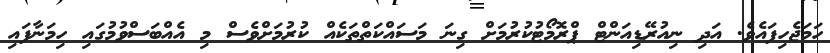
ހަމަޖެހިފައެވެ. އަދި ނިއުރޭޑިއަންޓް ޕްރޮމޯޓުކުރުމަށް ގިނަ މަސައްކަތްތަކެއް ކުރުމަށްވެސް މި އެއްބަސްވުމުގައި ހިމަނާފައި